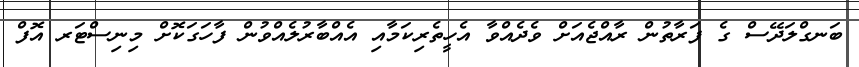
ބަނގްލަދޭސް ގެ ފަރާތުން ރާއްޖެއަށް ވެދެއްވާ އެހީތެރިކަމާއި އެއްބާރުލެއްވުން ފާހަގަކޮށް މިނިސްޓަރ އޮފް